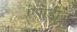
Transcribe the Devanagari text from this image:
ऐंपोडीज़